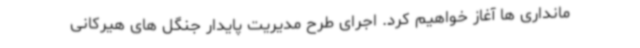
مانداری ها آغاز خواهیم کرد. اجرای طرح مدیریت پایدار جنگل های هیرکانی